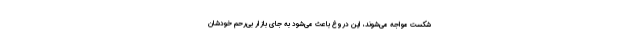
شکست مواجه می‌شوند، این دروغ باعث می‌شود به جای بازار بی‌رحم خودشان